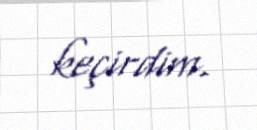
keçirdim.